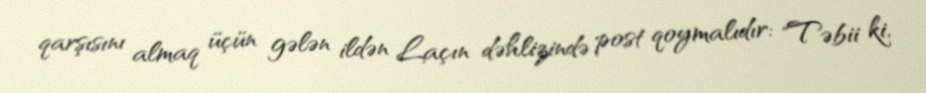
qarşısını almaq üçün gələn ildən Laçın dəhlizində post qoymalıdır: "Təbii ki,